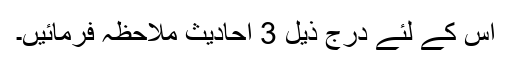
اس کے لئے درج ذیل 3 احادیث ملاحظہ فرمائیں۔